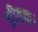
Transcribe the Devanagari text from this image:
जीवक।